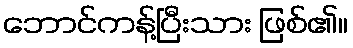
ဘောင်ကန့်ပြီးသား ဖြစ်၏။